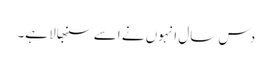
دس سال انہوں نے اسے سنبھالا ہے۔